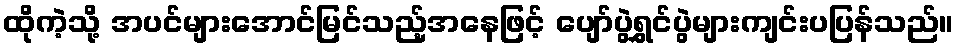
ထိုကဲ့သို့ အပင်များအောင်မြင်သည့်အနေဖြင့် ပျော်ပွဲရွှင်ပွဲများကျင်းပပြန်သည်။